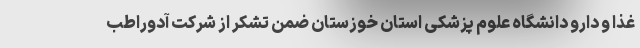
غذا و دارو دانشگاه علوم پزشکی استان خوزستان ضمن تشکر از شرکت آدوراطب